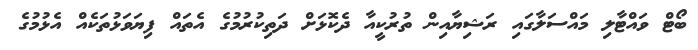
ބޯޓް ވައްޓާލި މައްސަލާގައި ރަޝިޔާއިން ތުރުކީއާ ދެކޮޅަށް ދަތިކުރުމުގެ އެތައް ފިޔަވަޅުތަކެއް އެޅުމުގެ